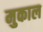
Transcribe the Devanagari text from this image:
मुकाल